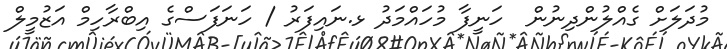
މުދަލަށް ގެއްލުންދިނުން  ހަނީފާ މުހައްމަދު ޅ.ނައިފަރު / ހަނަފަސްގެ އިބްރާހިމް އަޒުމީލް